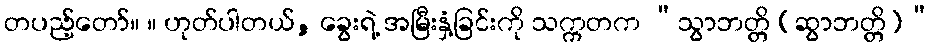
တပည့်တော်။ ။ ဟုတ်ပါတယ်, ခွေးရဲ့ အမြီးနှံ့ခြင်းကို သက္ကတက “သွာဘတ္တိ (ဆွာဘတ္တိ)”